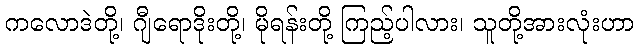
ကလောဒဲတို့၊ ဂျီရောဒိုးတို့၊ မိုရန်းတို့ ကြည့်ပါလား၊ သူတို့အားလုံးဟာ